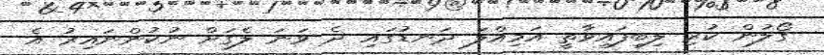
ގޯލުން ކުރި ލިބިފައިވާތީ އަމިއްލަ ދަނޑުގައި ދެ ވަނަ ލެގަށް ނުކުންނައިރު އެ